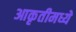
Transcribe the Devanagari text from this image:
आकृतीमध्ये